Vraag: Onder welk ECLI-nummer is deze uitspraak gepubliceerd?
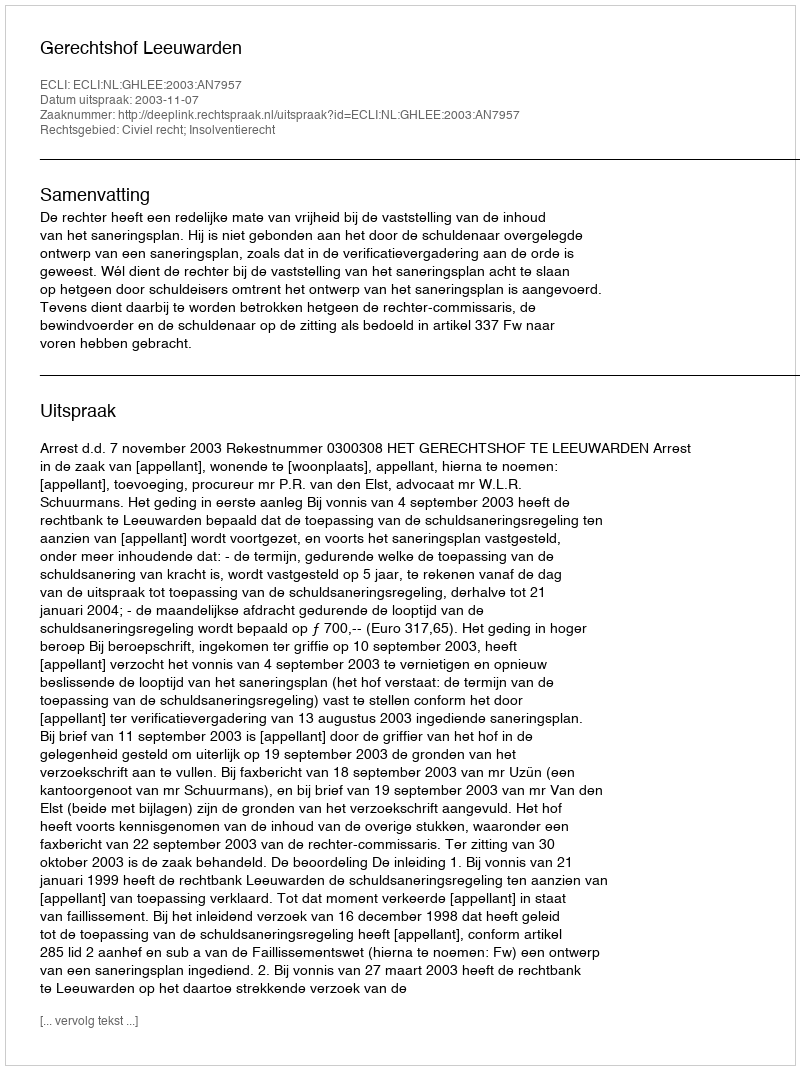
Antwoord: ECLI:NL:GHLEE:2003:AN7957